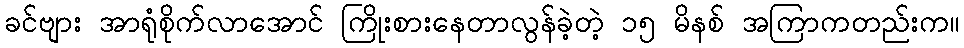
ခင်ဗျား အာရုံစိုက်လာအောင် ကြိုးစားနေတာလွန်ခဲ့တဲ့ ၁၅ မိနစ် အကြာကတည်းက။